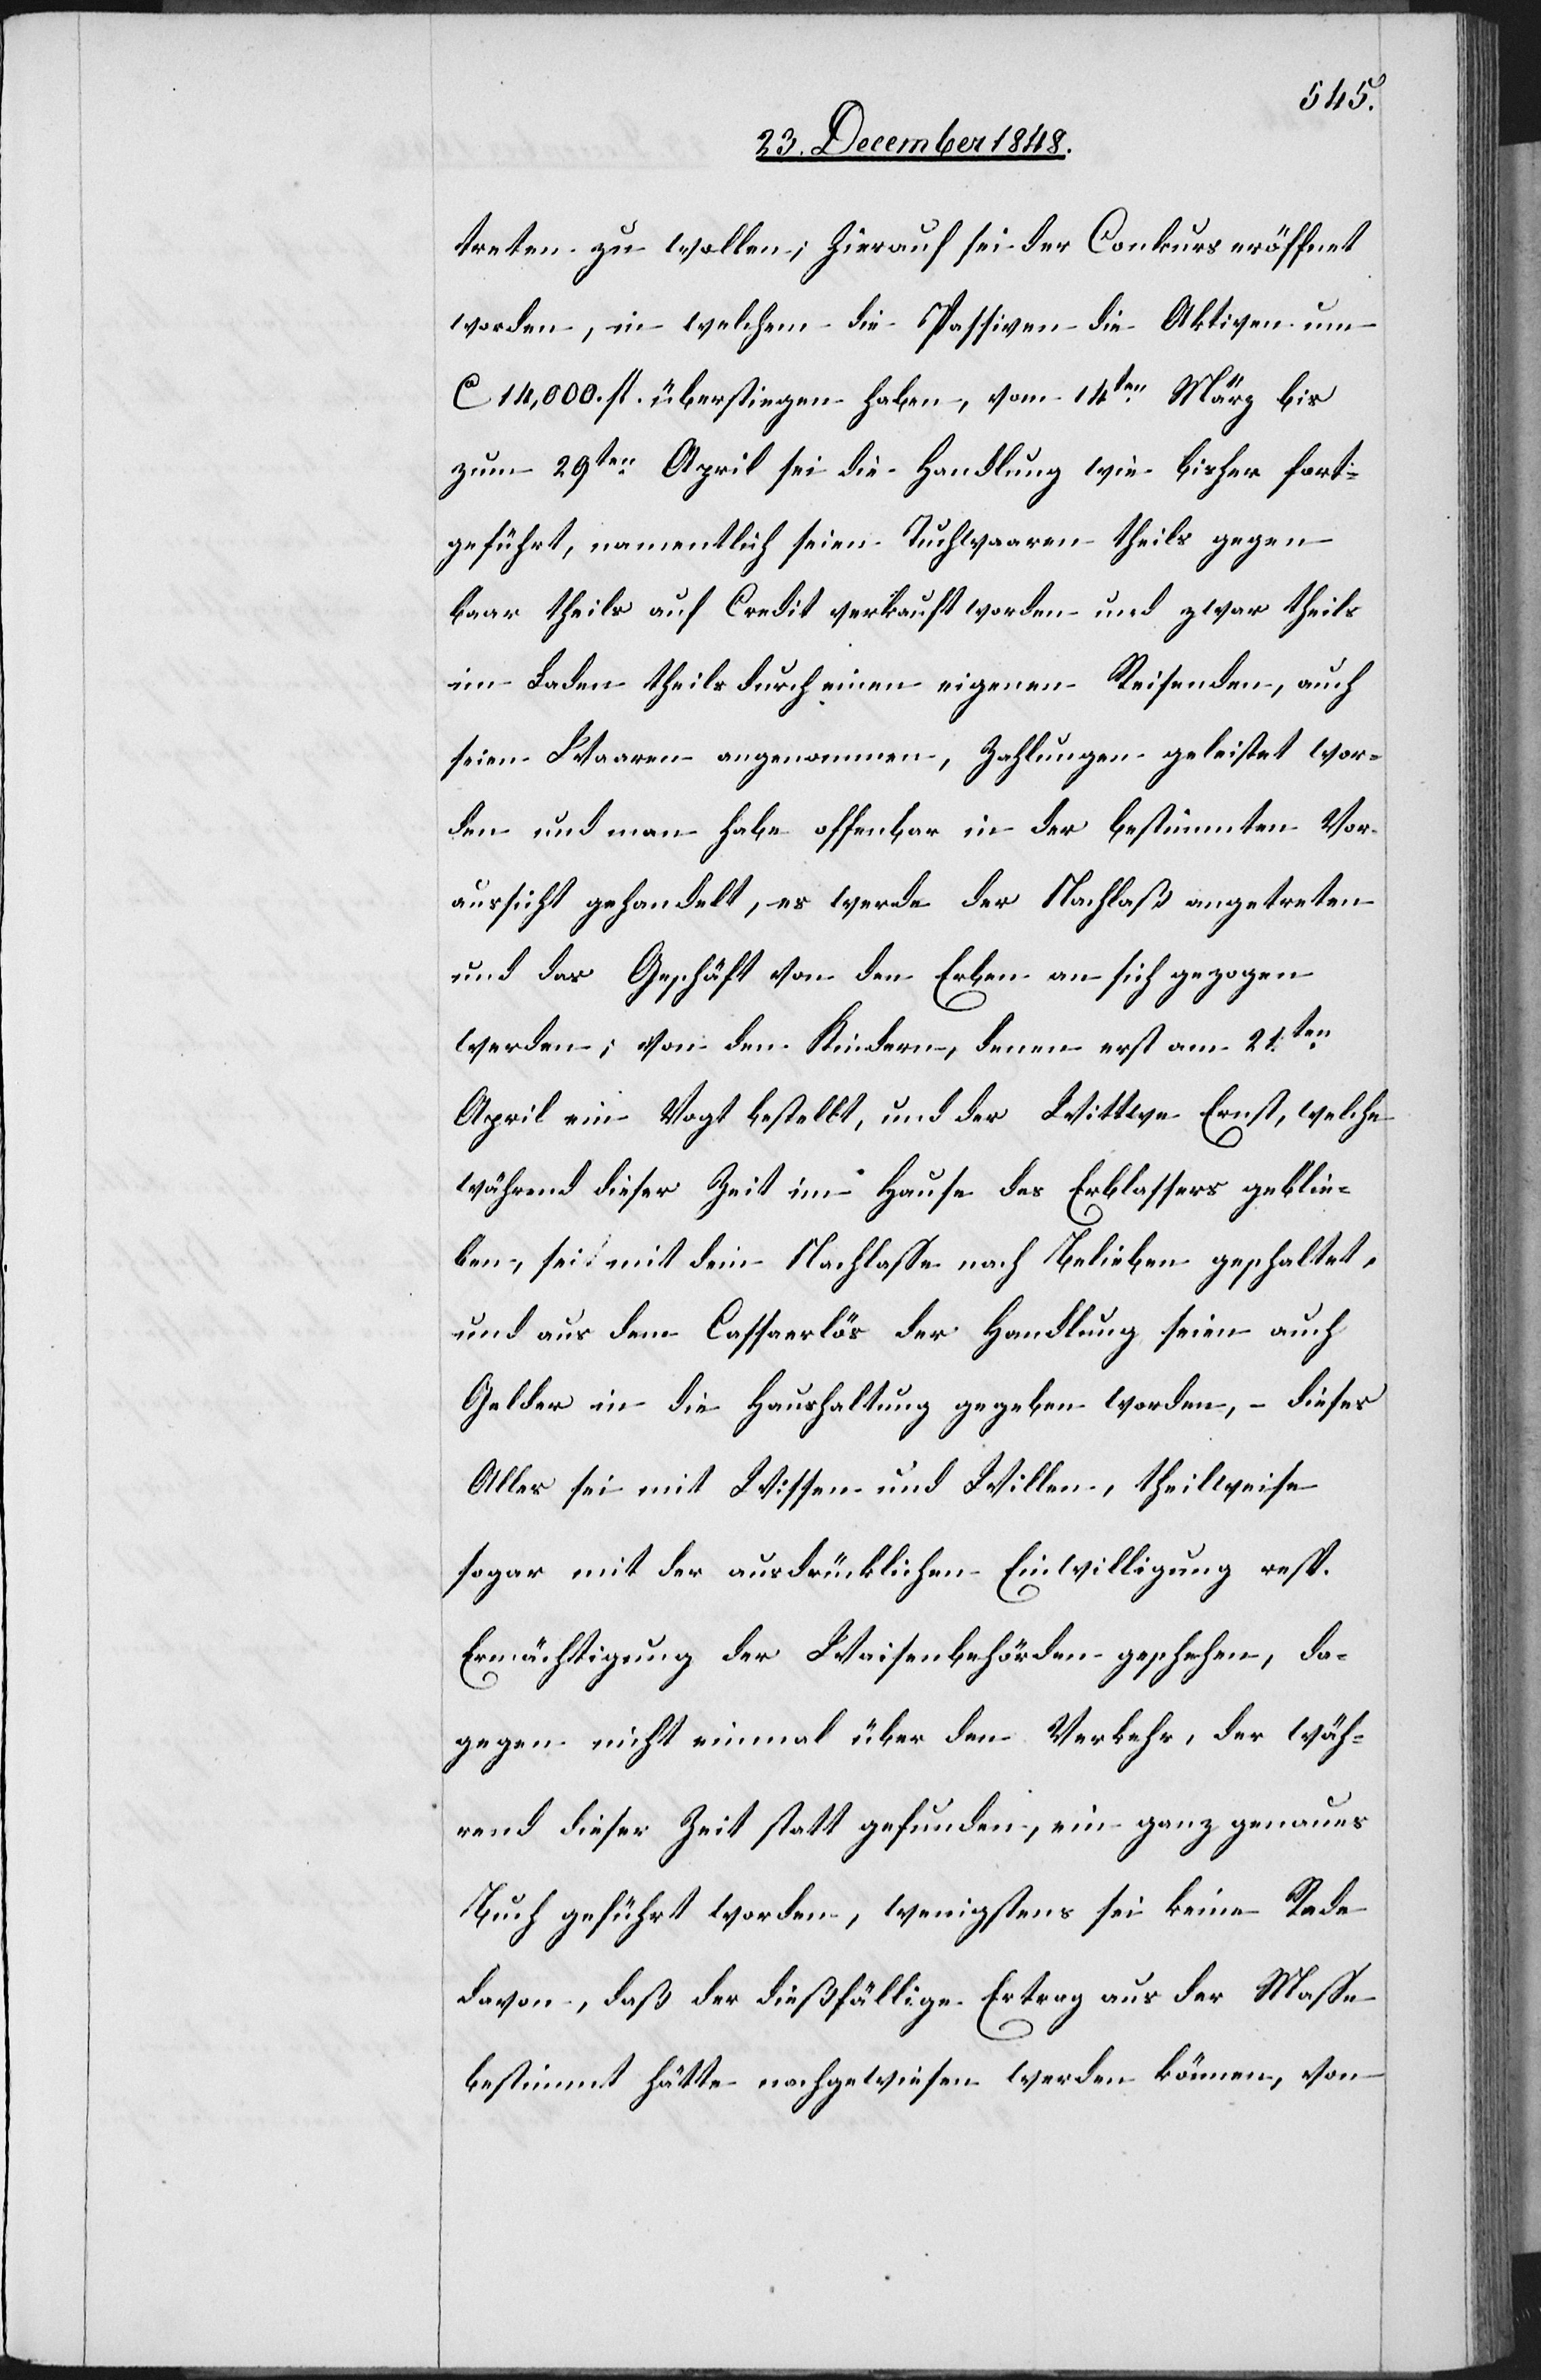
treten zu wollen; hierauf sei der Conkurs eröffnet
worden, in welchem die Passiven die Aktiven um
ca 14,000. fl. überstiegen haben, vom 14ten März bis
zum 29ten April sei die Handlung wie bisher fort¬
geführt, namentlich seien Tuchwaaren theils gegen
baar theils auf Credit verkauft worden und zwar theils
im Laden theils durch einen eigenen Reisenden, auch
seien Waaren angenommen, Zahlungen geleistet wor¬
den und man habe offenbar in der bestimmten Vor¬
aussicht gehandelt, es werde der Nachlaß angetreten
und das Geschäft von den Erben an sich gezogen
werden; von den Kindern, denen erst am 21ten
April ein Vogt bestellt, und der Wittwe Ernst, welche
während dieser Zeit im Hause des Erblassers geblie¬
ben, sei mit dem Nachlasse nach Belieben geschaltet,
und aus dem Cassaerlös der Handlung seien auch
Gelder in die Haushaltung gegeben worden, dieses
Alles sei mit Wissen und Willen, theilweise
sogar mit der ausdrücklichen Einwilligung resp.
Ermächtigung der Waisenbehörden geschehen, da¬
gegen nicht einmal über den Verkehr, der wäh¬
rend dieser Zeit statt gefunden, ein ganz genaues
Buch geführt worden, wenigstens sei keine Rede
davon, daß der dießfällige Ertrag aus der Masse
bestimmt hätte nachgewiesen werden können, von